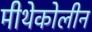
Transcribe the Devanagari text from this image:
मीथेकोलीन